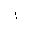
Letter: _alif